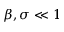
\beta , \sigma \ll 1